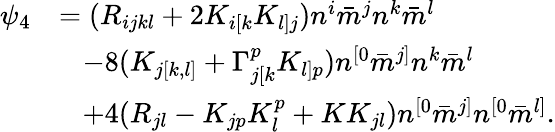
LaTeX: \begin{array}{rl}{\psi_{4}}&{=(R_{ijkl}+2K_{i[k}K_{l]j})n^{i}\bar{m}^{j}n^{k}\bar{m}^{l}}\\ &{\; \; \; -8(K_{j[k,l]}+\Gamma_{j[k}^{p}K_{l]p})n^{[0}\bar{m}^{j]}n^{k}\bar{m}^{l}}\\ &{\; \; \; +4(R_{jl}-K_{jp}K_{l}^{p}+KK_{jl})n^{[0}\bar{m}^{j]}n^{[0}\bar{m}^{l]}.}\end{array}